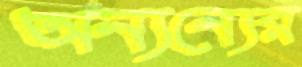
অন্যন্যের